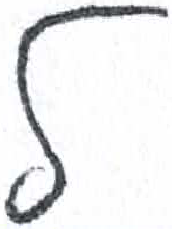
אות: ל